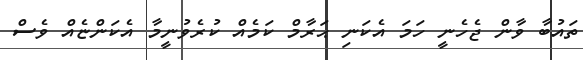
ތައުބާ ވާން ޖެހެނީ ހަމަ އެކަނި ޙަރާމް ކަމެއް ކުރެވުނީމާ އެކަންޏެއް ވެސް